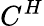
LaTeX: C^{H}